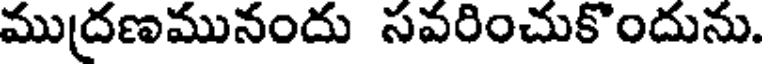
ముద్రణమునందు సవరించుకొందును.